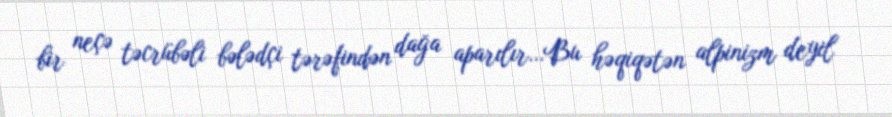
bir neçə təcrübəli bələdçi tərəfindən dağa aparılır…Bu həqiqətən alpinizm deyil